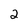
Character: 2